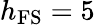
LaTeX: h_{\mathrm{FS}}=5